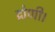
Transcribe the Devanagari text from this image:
द्रोणी।